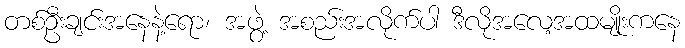
တစ်ဦးချင်းအနေနဲ့ရော၊ အဖွဲ့ အစည်းအလိုက်ပါ ဒီလိုအလေ့အထမျိုးကနေ